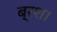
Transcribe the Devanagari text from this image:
ब्रश।